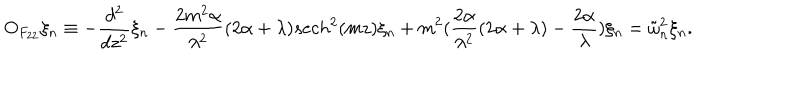
LaTeX: O _ { F _ { 2 2 } } \xi _ { n } \equiv - \frac { d ^ { 2 } } { d z ^ { 2 } } \xi _ { n } - \frac { 2 m ^ { 2 } \alpha } { \lambda ^ { 2 } } ( 2 \alpha + \lambda ) s e c h ^ { 2 } ( m z ) \xi _ { n } + m ^ { 2 } ( \frac { 2 \alpha } { \lambda ^ { 2 } } ( 2 \alpha + \lambda ) - \frac { 2 \alpha } { \lambda } ) \xi _ { n } = \tilde { \omega } _ { n } ^ { 2 } \xi _ { n } .